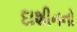
દાશીનનો